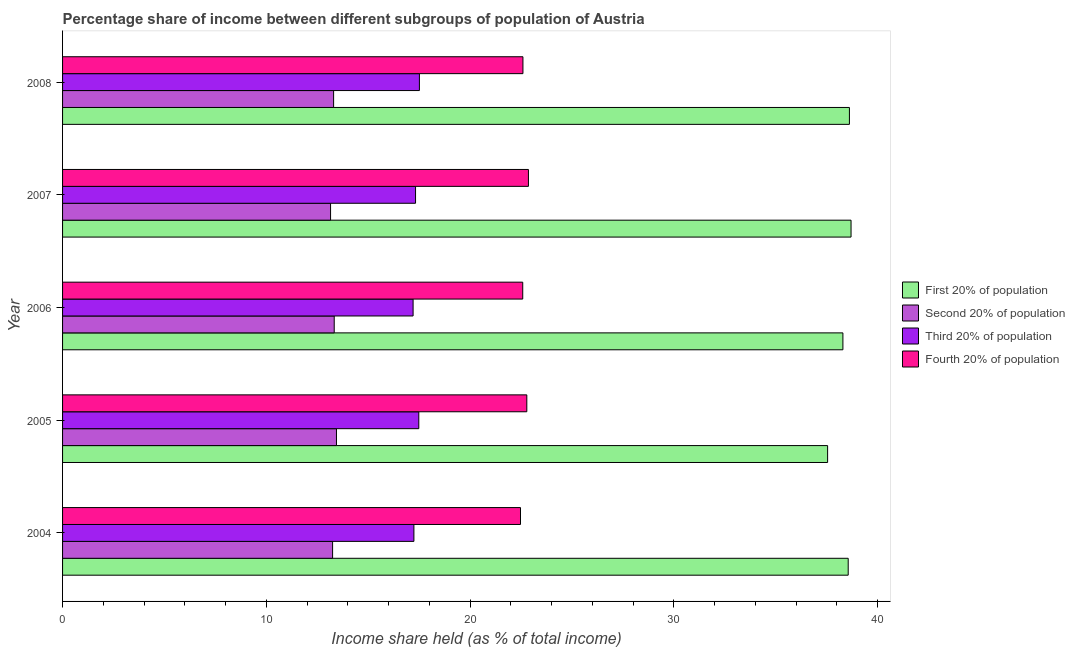
| Year | First 20% of population | Second 20% of population | Third 20% of population | Fourth 20% of population |
 | --- | --- | --- | --- | --- |
 | 2004 | 38.5 | 13.2 | 17.2 | 22.5 |
 | 2005 | 37.5 | 13.4 | 17.5 | 22.8 |
 | 2006 | 38.3 | 13.3 | 17.2 | 22.6 |
 | 2007 | 38.7 | 13.2 | 17.3 | 22.9 |
 | 2008 | 38.6 | 13.3 | 17.5 | 22.6 |